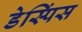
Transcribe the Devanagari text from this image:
डेस्पिंस